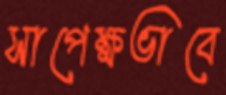
সাপেক্ষভাবে